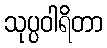
သုပ္ပဝါရိတာ